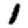
Digit: 1